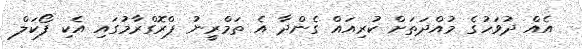
އެއް ދުވަހުގެ މުއްދަތަށް ކުރިއައް ގެންދާ އެ ތަމްރީނު ޕްރޮގްރާމުގައި އެކި ފޯކަލް